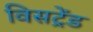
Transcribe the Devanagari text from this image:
विसट्रेंड